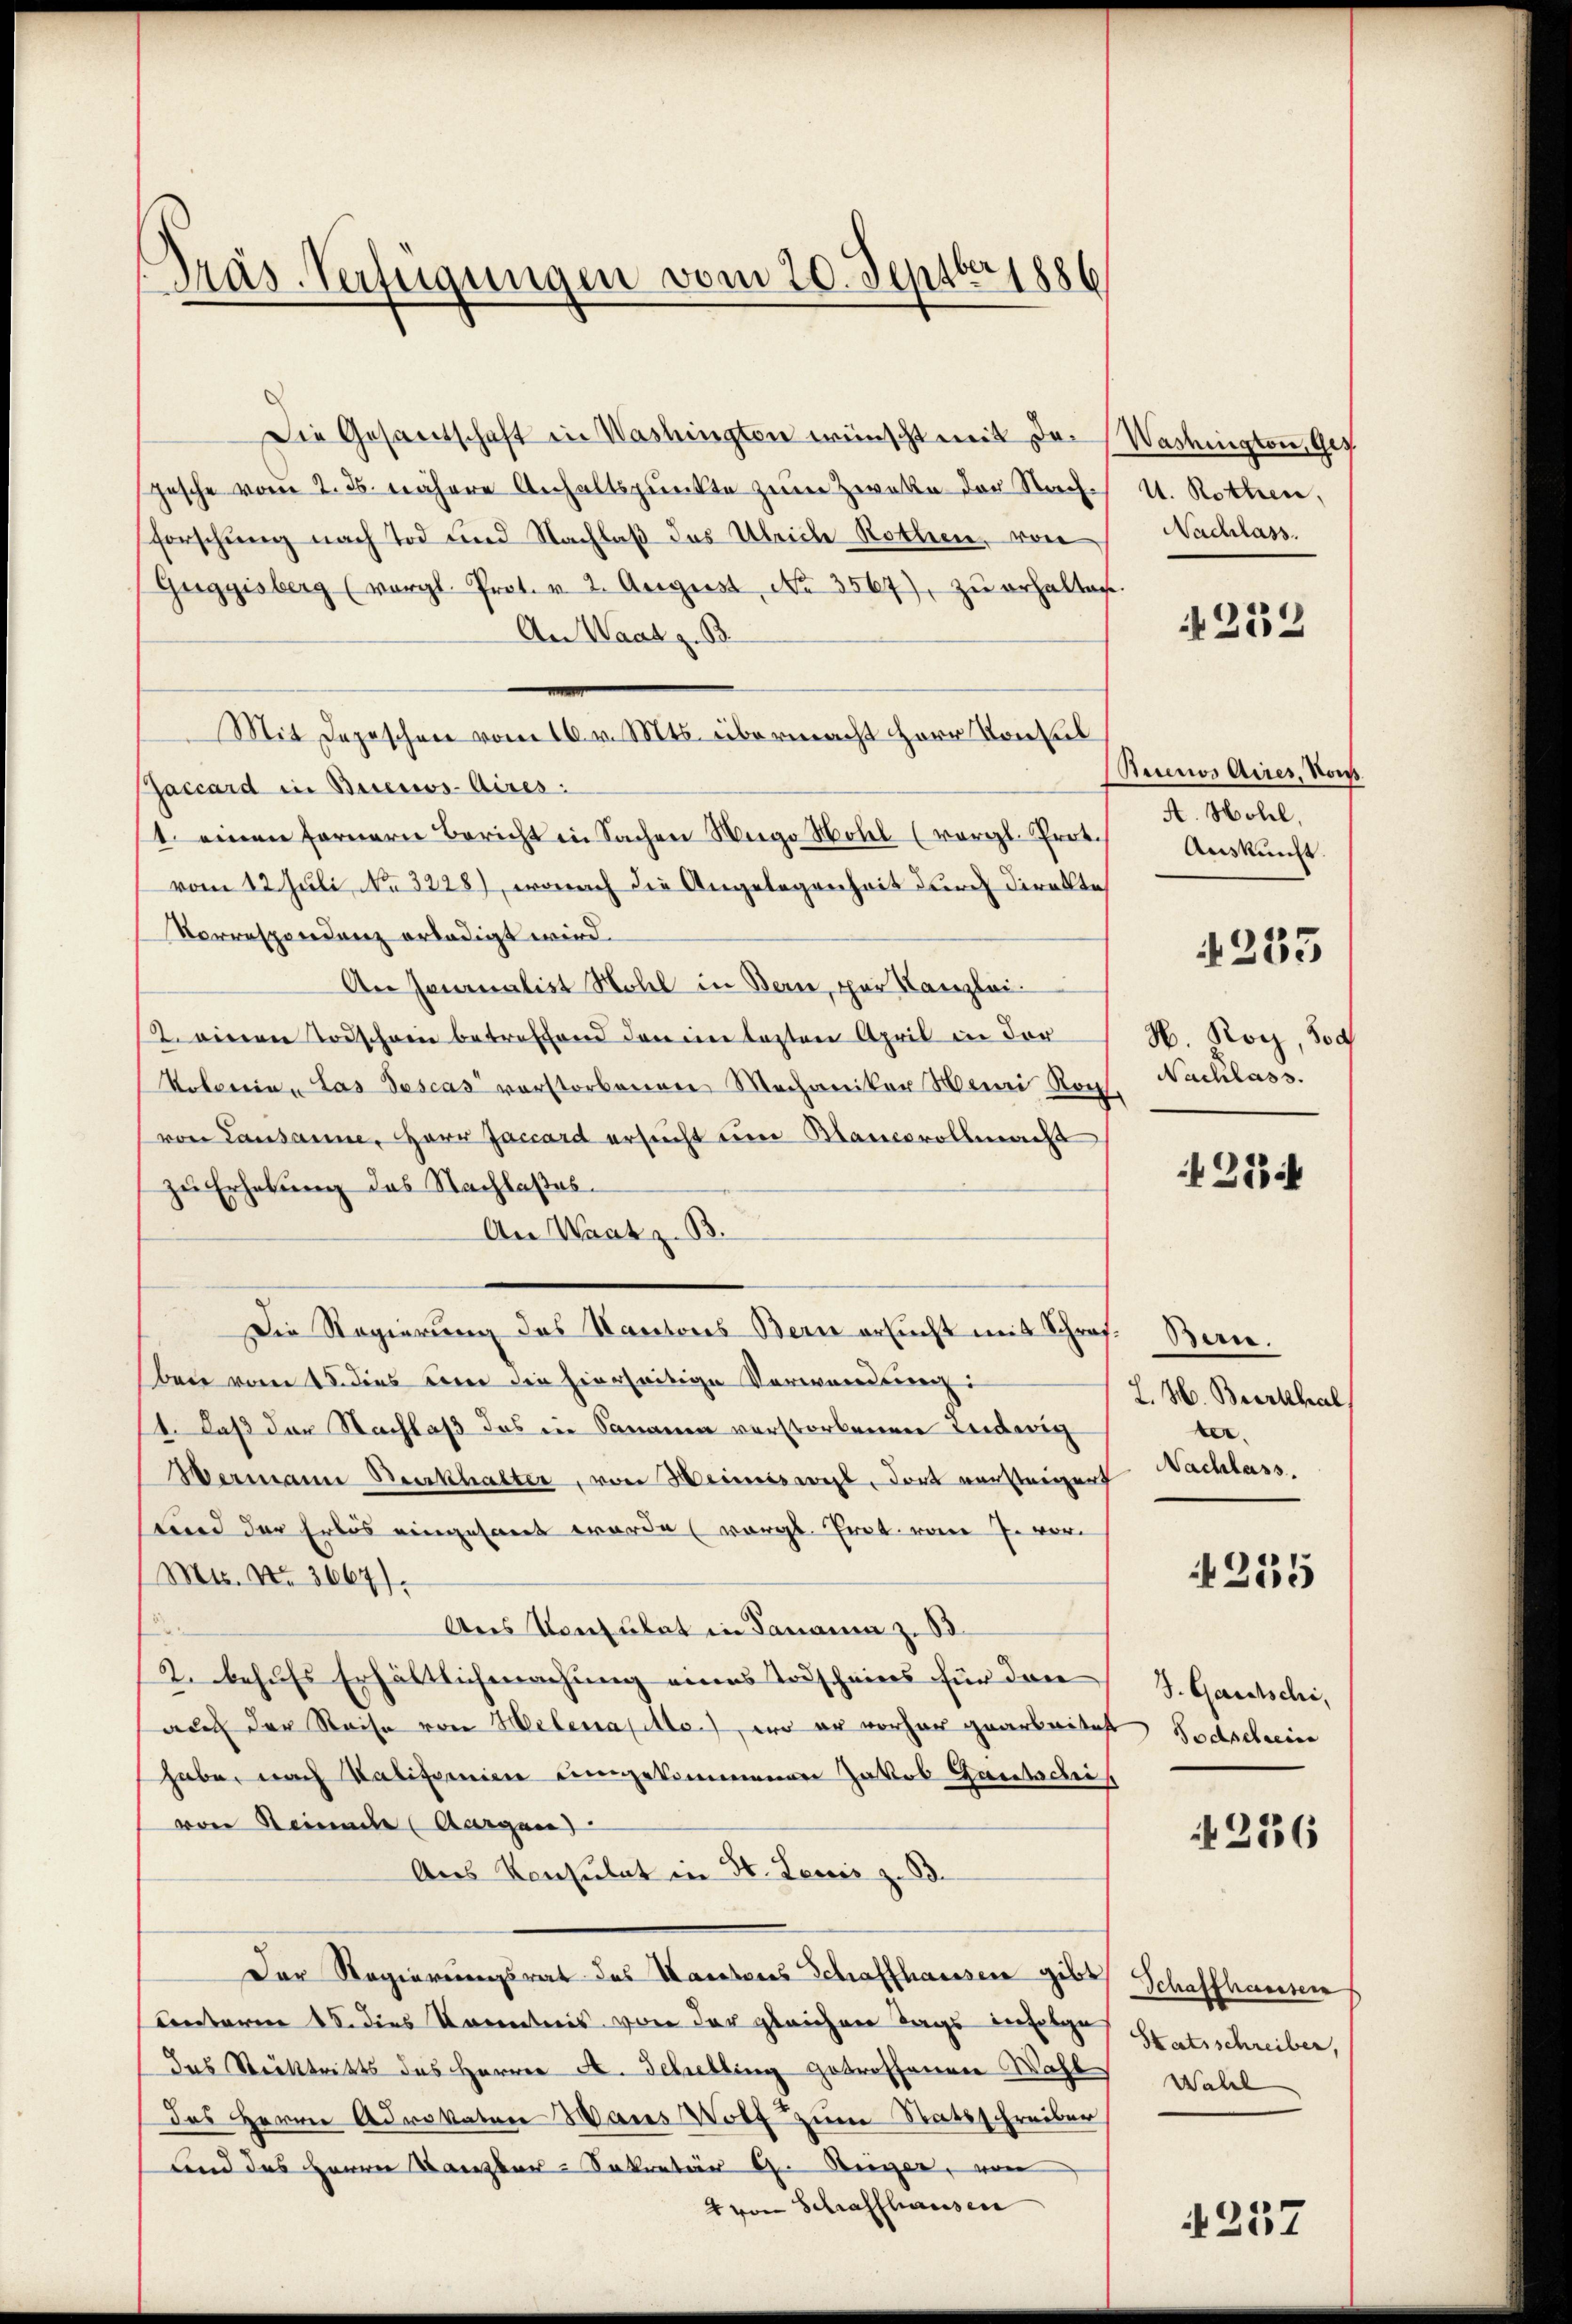
Präs. Verfügungen vom 20. Septbr 1886

Die Gesandschaft in Washingten wünscht mit Depesche vom 2. ds. nähere Anhaltspunkte zum Zweke der Nachforschung nach Tod und Nachlaß das Übricle Rotheen, von
Guggisberg (vergl. Prot. u. 2. August No 3567), zŭ erhalten.
An Waatz. B.
Mit Depeschen vom 16. v. Mts. übermacht Herr Konsul
Gaccard in Buenos-Aires.
1. einen Fernern Bericht in Sachen Weego Hotel (vergl. Prot.
vom 12. Juli, No 3228), wonach die Angelegenheit durch direkte
Vorrespondenz erledigt wird.
An Jenalist Notel in Bern, par Kanzlei-
12. einen Todscheine betreffend den eine lezten April in der
Kolonia - Las Tescas verstorbenen Mechaniker Henri Kons. Nachlass.
von Lausanne, Herr Jaccard ersucht um Blancovollmacht
zu Erhebung des Nachlaßas.
An Waatz. B.
Die Regierung des Kantons Bern ersucht mit Schraf.
ben vom 15. dies um die hierseitige Verwendung:
1. daß der Nachlaß das in Sananen verstorbenen Ludwig
Wermann Burkhalter, von Heimsweil, dort vorsteigung
Lund der Erbes eingesandt worde (vergl. Prot. vom 7. vor
Mts. No 3667).
Ans Konsulat in Panama z. B.
2. behufs Erhältlichmachung eines Todscheines für den
auch der Reise von Helena etc.), wo er vorher gearbeites Todschein
habe, nach Kalifornien eingekommenen Jakob Gautschei
von Steinade (Aargau)
Aus Konsulat in St. Leusis z. B.
Der Regierungsrat des Kantons Schaffhaussen gibt Schaffhausen
Centerm 15. dies Krentens von der gleichnen Tags derfolge
das Stecktritts des Herren A. Schelling getroffenen Base Wahl
das Herrn Advokatur Wares Wolf zum Statsschreiber
und das Herrn Kanzler-Sekretär H. Berger, von
4 von Schraffhausen

Washington, Ges
U. Rothen,
Nachlass.

4252

Riceros Aires, Kon
A. Hotel,
Auskunft.
4255
H. Roch, doch

2334

Bern.
L. H. Burkhal
er
Nachlass.
J. Gautschi,
236

235

Skatsschreiber,

4257